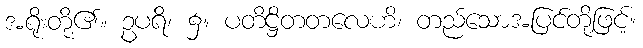
အရိုးတို့၏။ ဥပရိ၊ ၌။ ပတိဋ္ဌိတတလေဟိ၊ တည်သောအပြင်တို့ဖြင့်။